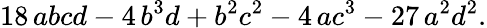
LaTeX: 18\, abcd-4\, b^{3}d+b^{2}c^{2}-4\, ac^{3}-27\, a^{2}d^{2}.